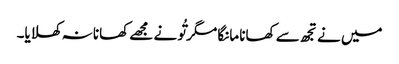
میں نے تجھ سے کھانا مانگا مگر تُو نے مجھے کھانا نہ کھلایا۔